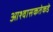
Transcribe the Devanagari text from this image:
आश्वासकतेकडे